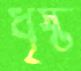
ধৃষ্ট